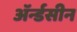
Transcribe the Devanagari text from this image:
ॲर्न्डसीन